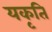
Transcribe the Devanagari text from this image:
यकृति